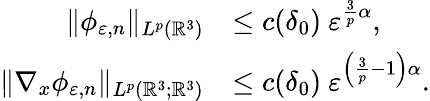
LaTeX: \begin{array}{rl}{\| \phi_{\varepsilon,n}\| _{L^{p}(\mathbb{R}^{3})}}&{\leq c(\delta_{0})\ \varepsilon^{\frac{3}{p}\alpha},}\\ {\| \nabla_{x}\phi_{\varepsilon,n}\| _{L^{p}(\mathbb{R}^{3};\mathbb{R}^{3})}}&{\leq c(\delta_{0})\ \varepsilon^{\left(\frac{3}{p}-1\right)\alpha}.}\end{array}